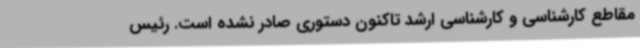
مقاطع کارشناسی و کارشناسی ارشد تاکنون دستوری صادر نشده است. رئیس